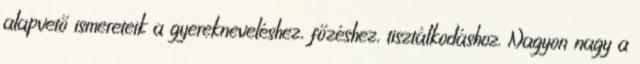
alapvető ismereteik a gyerekneveléshez, főzéshez, tisztálkodáshoz. Nagyon nagy a